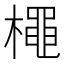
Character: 𭬌